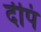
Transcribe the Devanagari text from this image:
दीपं